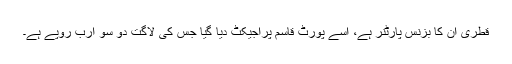
قطری ان کا بزنس پارٹنر ہے، اسے پورٹ قاسم پراجیکٹ دیا گیا جس کی لاگت دو سو ارب روپے ہے۔